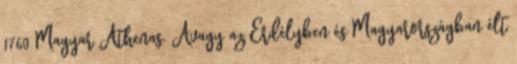
1760 Magyar Athenas. Avagy az Erdélyben és Magyarországban élt